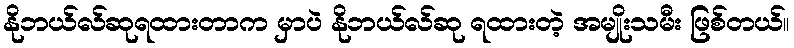
နိုဘယ်လ်ဆုရထားတာက မှာပဲ နိုဘယ်လ်ဆု ရထားတဲ့ အမျိုးသမီး ဖြစ်တယ်။